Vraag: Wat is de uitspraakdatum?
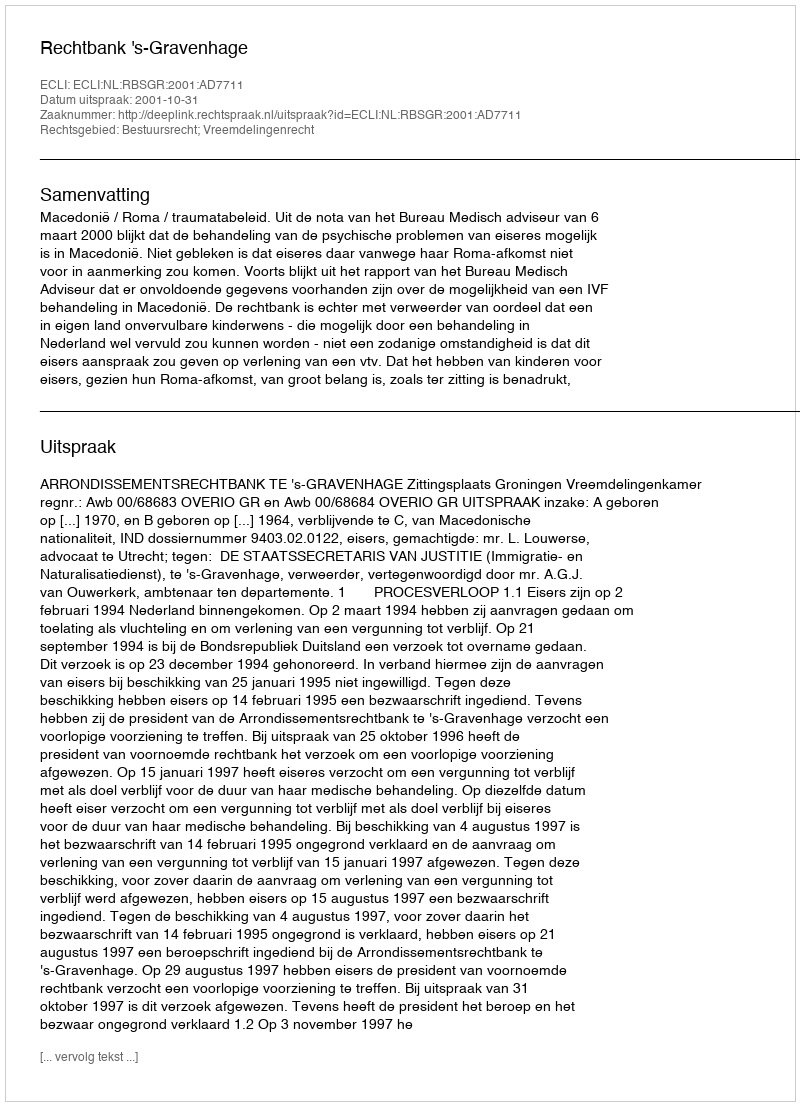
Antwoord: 2001-10-31